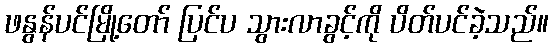
ဖနွန်ပင်မြို့တော် ပြင်ပ သွားလာခွင့်ကို ပိတ်ပင်ခဲ့သည်။